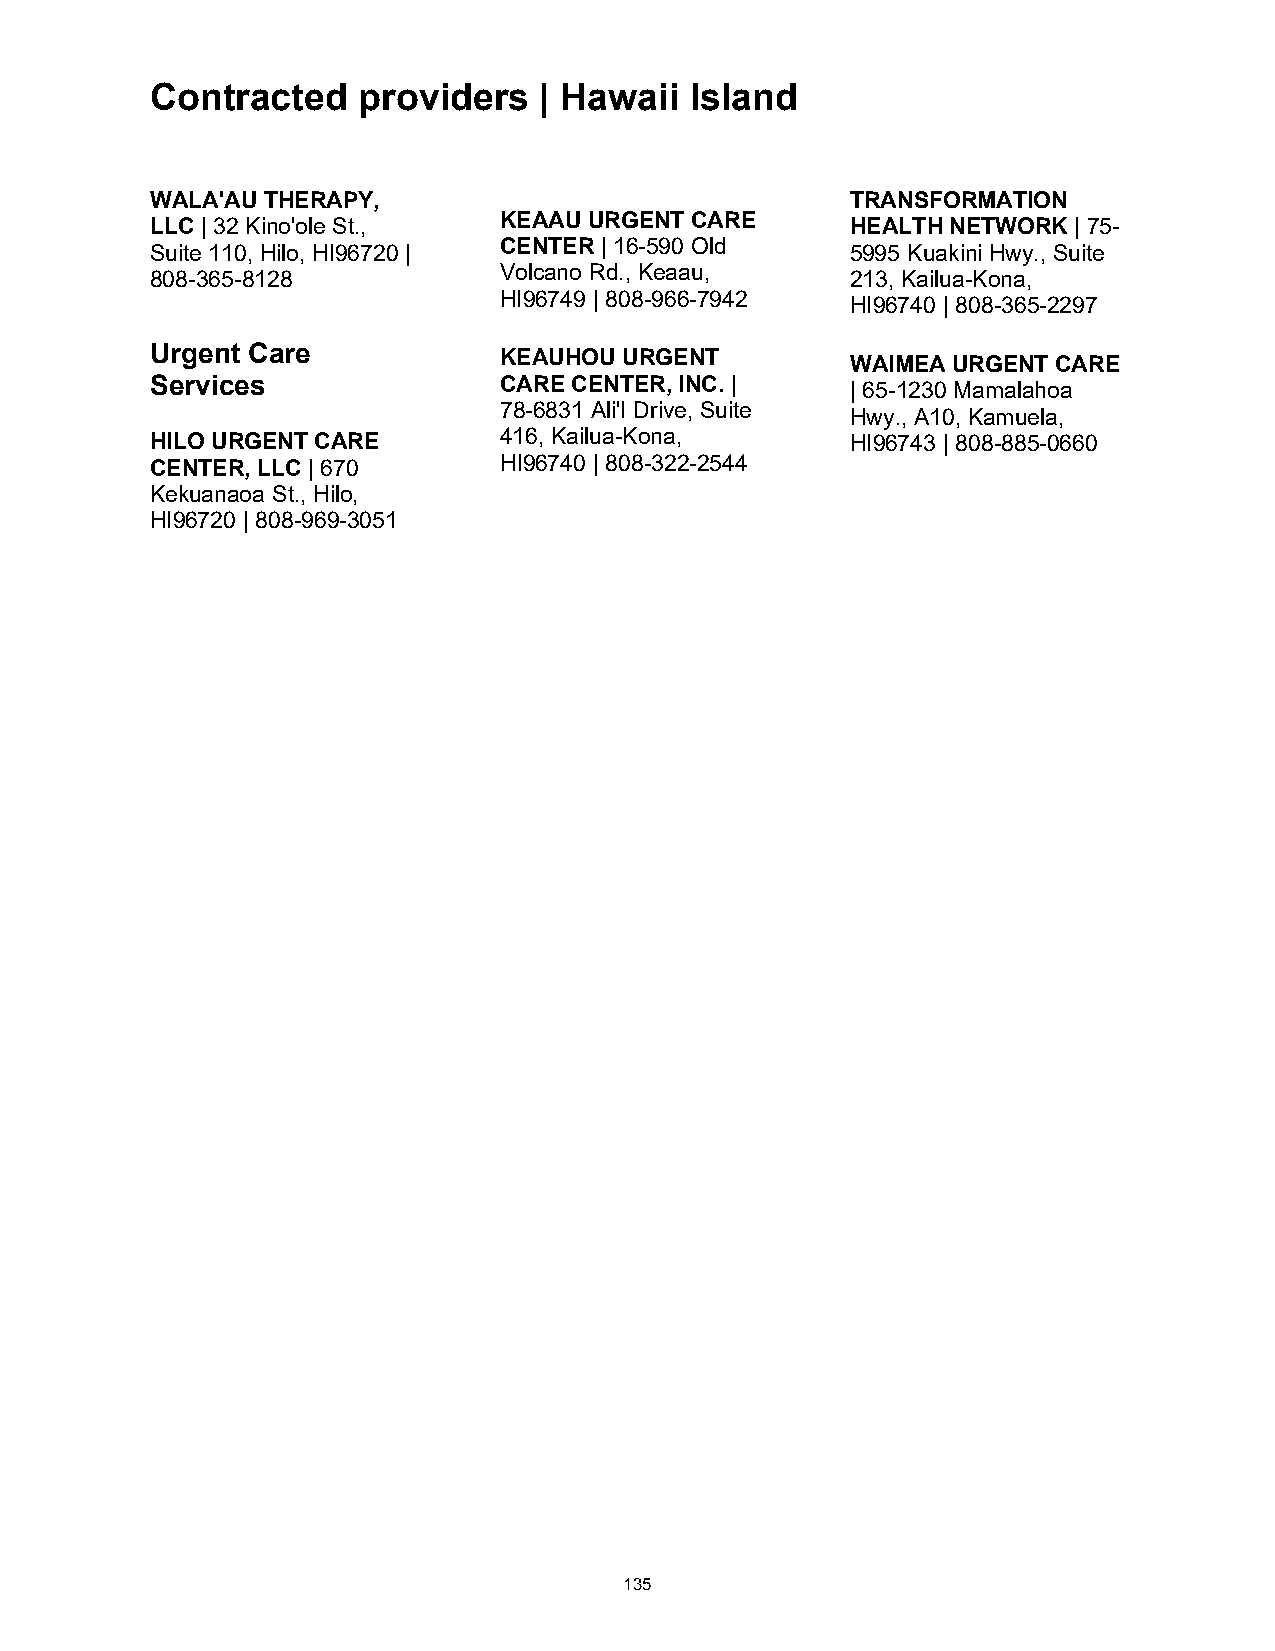
Contracted    providers   | Hawaii  Island
 WALA'AU THERAPY,                              TRANSFORMATION
 LLC | 32 Kino'ole St., KEAAU URGENT CARE      HEALTH NETWORK | 75-
 Suite 110, Hilo, HI96720 | CENTER | 16-590 Old 5995 Kuakini Hwy., Suite
 Volcano Rd., Keaau,
 808-365-8128                                  213, Kailua-Kona,
 HI96749 | 808-966-7942
 HI96740 | 808-365-2297
 Urgent Care            KEAUHOU URGENT
 WAIMEA URGENT CARE
 Services               CARE CENTER, INC. |    | 65-1230 Mamalahoa
 78-6831 Ali'I Drive, Suite
 Hwy., A10, Kamuela,
 HILO URGENT CARE       416, Kailua-Kona,      HI96743 | 808-885-0660
 CENTER, LLC | 670      HI96740 | 808-322-2544
 Kekuanaoa St., Hilo,
 HI96720 | 808-969-3051
 135